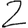
Digit: 2